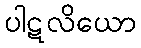
ပါဋလိယော